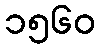
၁၅၆၀